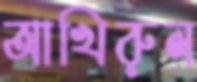
আখিরুল